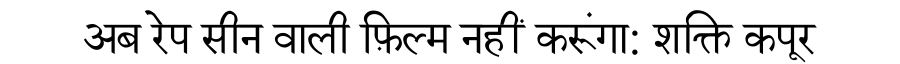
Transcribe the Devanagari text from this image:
अब रेप सीन वाली फ़िल्म नहीं करूंगा: शक्ति कपूर